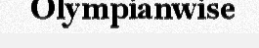
Olympianwise